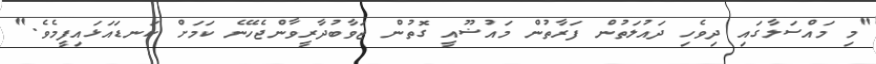
"މި މައްސަލާގައި ދިވެހި ދައުލަތުން ފަރާތުން މައުޟޫއީ ގޮތުން ޖަވާބުދާރީވާންޖެހޭނެ ކަމަށް ކަނޑައަޅައިފީމެވެ."